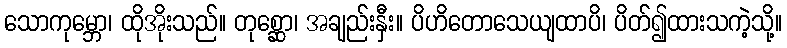
သောကုမ္ဘော၊ ထိုအိုးသည်။ တုစ္ဆော၊ အချည်းနှီး။ ပိဟိတောသေယျထာပိ၊ ပိတ်၍ထားသကဲ့သို့။